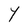
Character: Y